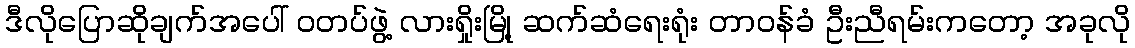
ဒီလိုပြောဆိုချက်အပေါ် ဝတပ်ဖွဲ့ လားရှိုးမြို့ ဆက်ဆံရေးရုံး တာဝန်ခံ ဦးညီရမ်းကတော့ အခုလို